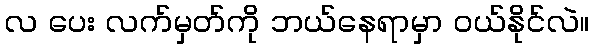
လ ပေး လက်မှတ်ကို ဘယ်နေရာမှာ ဝယ်နိုင်လဲ။